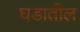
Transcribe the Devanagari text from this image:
घडातील